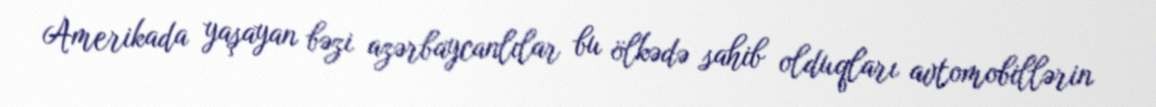
Amerikada yaşayan bəzi azərbaycanlılar bu ölkədə sahib olduqları avtomobillərin